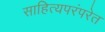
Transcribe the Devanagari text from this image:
साहित्यपरंपरेत